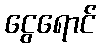
ငွေရောင်